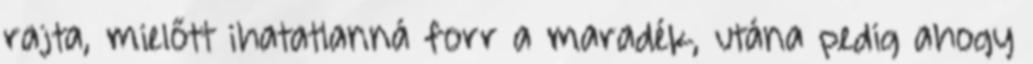
rajta, mielőtt ihatatlanná forr a maradék, utána pedig ahogy